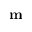
\textbf { m }